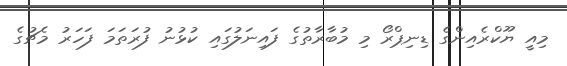
މިއީ ޔޫކްރެއިންގެ ޑިނިޕްރޯ މި މުބާރާތުގެ ފައިނަލުގައި ކުޅުނު ފުރަތަމަ ފަހަރު މެޗުގެ